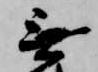
無